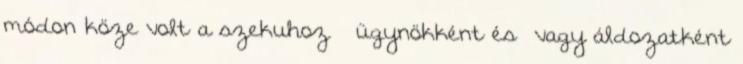
módon köze volt a szekuhoz – ügynökként és vagy áldozatként